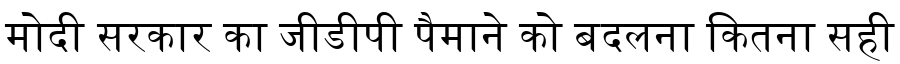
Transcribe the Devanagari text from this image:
मोदी सरकार का जीडीपी पैमाने को बदलना कितना सही